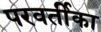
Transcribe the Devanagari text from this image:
परवर्तीका